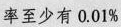
率至少有0.01%